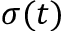
\sigma ( t )